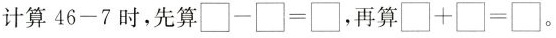
计算46-7时，先算\Box-\Box=\Box，再算\Box+\Box=\Box。